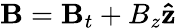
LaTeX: \mathbf{B}=\mathbf{B}_{t}+B_{z}\mathbf{\hat{z}}